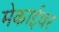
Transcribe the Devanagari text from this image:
मेकाईवर